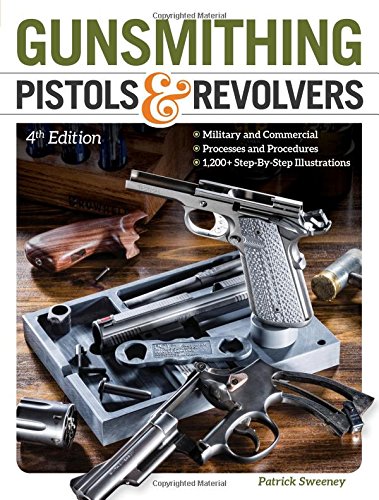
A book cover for Gunsmithing Pistols & Revolvers; Patrick Sweeney; Crafts, Hobbies & Home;